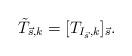
LaTeX: \begin{align*}\tilde{T}_{\vec s,k}=[T_{I_{\vec s},k}]_{\vec s}.\end{align*}